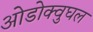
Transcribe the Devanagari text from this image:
ओडोक्वुघल